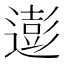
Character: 𮟊